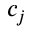
c _ { j }